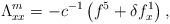
LaTeX: \begin{align*}\Lambda^m_{xx}=-c^{-1}\left(f^5+\delta f^1_x\right),\end{align*}